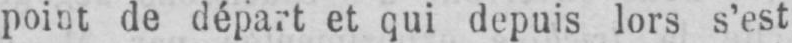
point de départ et qui depuis lors s’est